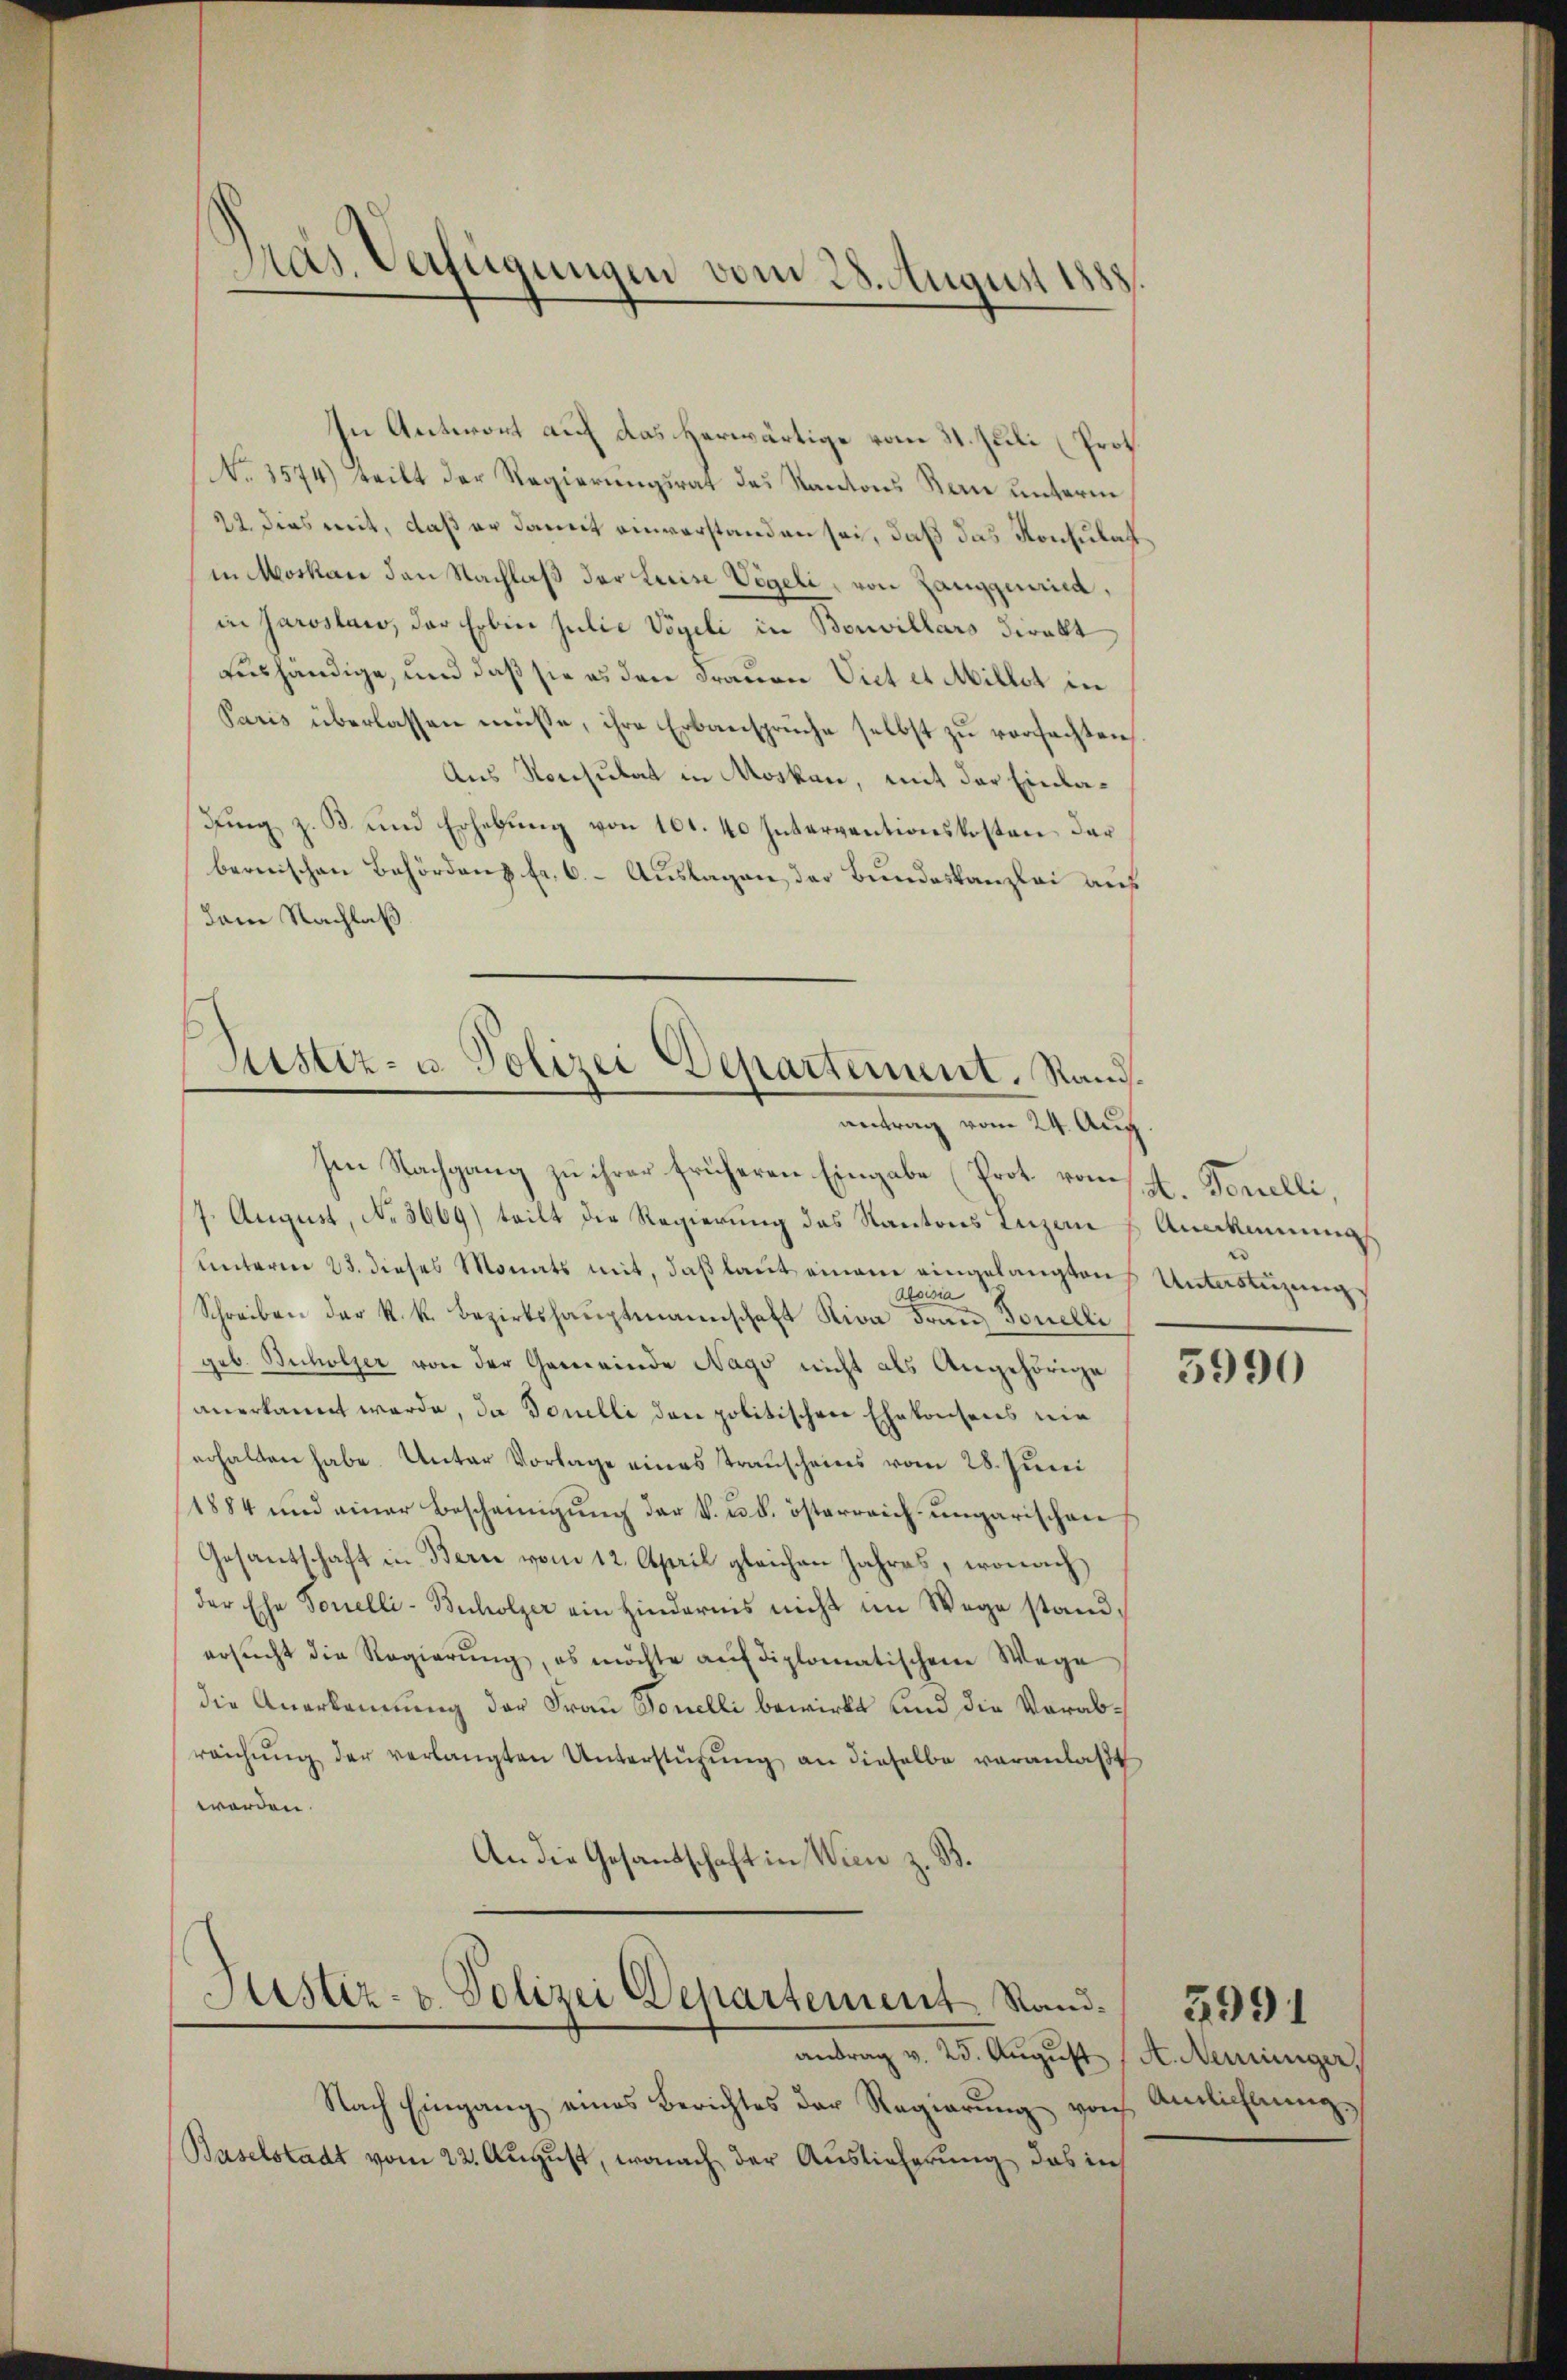
Pras. Verfügungen vom 28. August 1883

In Antwort auf das herwärtige vom 21. Juli (Prot.
No. 3574) teilt der Regierungsrat des Kantons Bau unterm
22. dies mit, daß er damit einverstanden sei, daß das Konsulatin Moskau den Nachlaß der Luise Vögeli, von Zanggend,
in Jaroslaw, der Erben Julie Vögeli in Bouvillars direkt
aushändige, und daß sie es den Frauen Viet es Millet in
Paris überlassen müsse, ihre Erbanspruche selbst zu versachten,
Aus Konsulat in Moskau, mit der Einladung z. B. und Erhebung von 101. 40 Interventionskosten der
bernischen Behörden Fr. 6. Auslagen, der Bundeskanzlei auf
(dem Nachlaß

Sistiz- u. Polizei Departement. Sandantrag vom 24. Aug

Sistiz- u. Polizei Departement. Sand¬

Ien Nachgang zu ihrer früheren Eingabe (Prot. vom 4. Derelli.
7. August, No 3669) teilt die Regierung des Kantons Luzern Anakamungs
unterm 23. dieses Monats mit, daß laut einem eingelangten
Aloisia
Schreiben der k.k. Bezirkshauptmannschaft Riva Franz Tonelli
geb. Bucholzer von der Gemeinde Nago nicht als Angehörige
anerkannt werde, da Bonelli den politischen Ehekonsens nie
erhalten habe. Unter Vorlage eines Transcheins vom 28. Juni
1884 und einer Bescheinigung der k. u. b. österreich ungarischen,
Gesantschaft in Berne vom 12. April gleichen Jahres, wonach
der Ehe Sonelli-Buholzer ein hindernis nicht im Wege standersŭcht die Regierŭng, es möchte aŭf diplomatischen Wege
die Anerkennung der Frau Sonelli bewirkt und die Verabraichŭng der verlangten Unterstützŭng an dieselbe veranlaßt
worden.
An die Gesandschaft in Wien z. B.

antrag v. 25. August (A. Neuiniger,
Nach Eingang eines Berichtes der Regierŭng von Amtlichtung,
Baselstadt vom 22. August, wonach der Auslieferung das in

¬
Unterstüzung

5990

2991